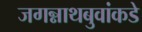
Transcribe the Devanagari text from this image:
जगन्नाथबुवांकडे